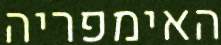
האימפריה